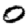
Digit: 0